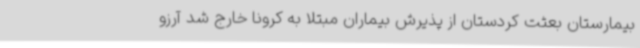
بیمارستان بعثت کردستان از پذیرش بیماران مبتلا به کرونا خارج شد آرزو